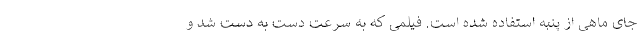
جای ماهی از پنبه استفاده شده است. فیلمی که به سرعت دست به دست شد و